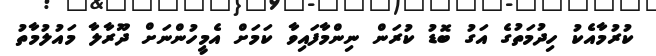
ކުރުމާއެކު ހިދުމަތުގެ އަގު ބޮޑު ކުރަން ނިންމާފައިވާ ކަމަށް އެމީހުންނަށް ދޫރާލާ މައުލުމާތު